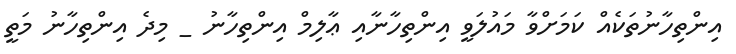
އިންތިހާނުތަކެއް ކަމަށްވާ މައުލަވީ އިންތިހާނާއި ޢާލިމް އިންތިހާނު _ މިދެ އިންތިހާނު މަތީ